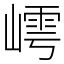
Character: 嶀